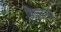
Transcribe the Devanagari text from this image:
विधवांनी